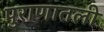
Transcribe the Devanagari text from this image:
पुराणातली